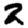
Digit: 2